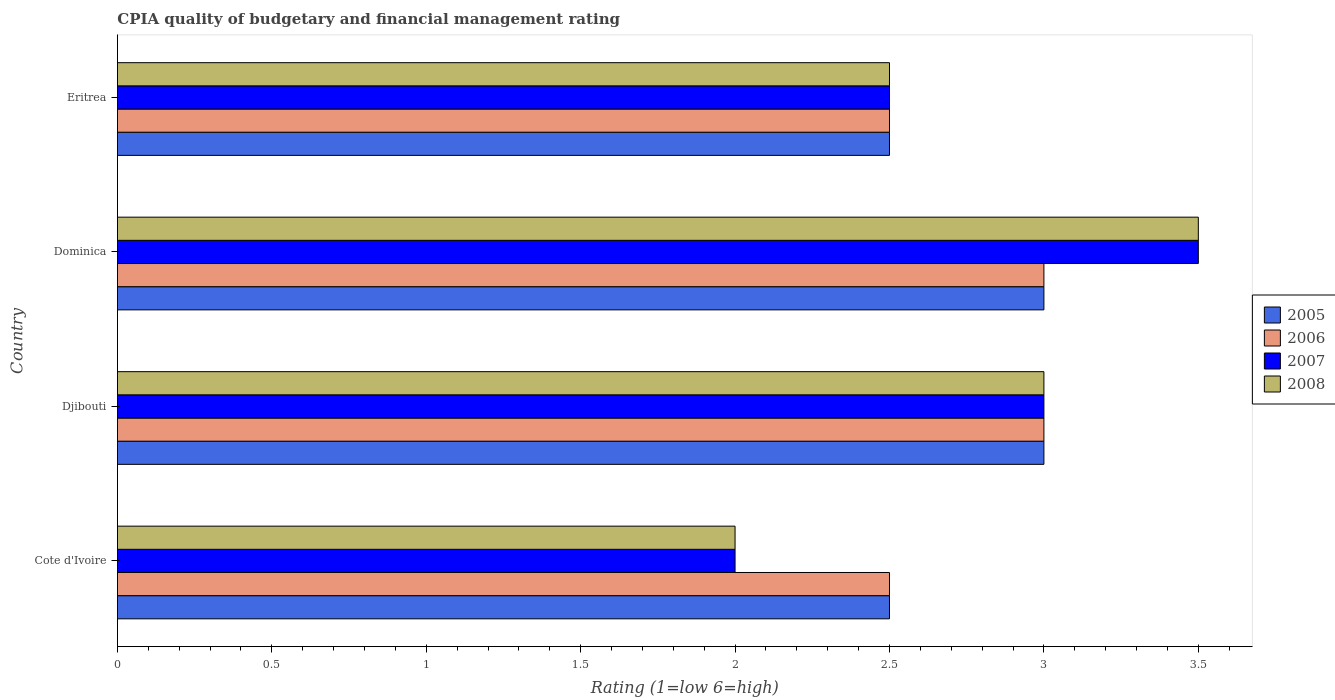
| Country | 2005 | 2006 | 2007 | 2008 |
 | --- | --- | --- | --- | --- |
 | Cote d'Ivoire | 2.5 | 2.5 | 2 | 2 |
 | Djibouti | 3 | 3 | 3 | 3 |
 | Dominica | 3 | 3 | 3.5 | 3.5 |
 | Eritrea | 2.5 | 2.5 | 2.5 | 2.5 |